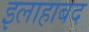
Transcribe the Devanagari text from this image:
इलाहाबद